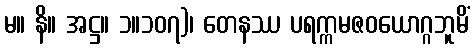
မ။ နိ။ အဋ္ဌ။ ၁။၁၀၇)၊ တေနဿ ပရက္ကမဇဝယောဂ္ဂဘူမိံ